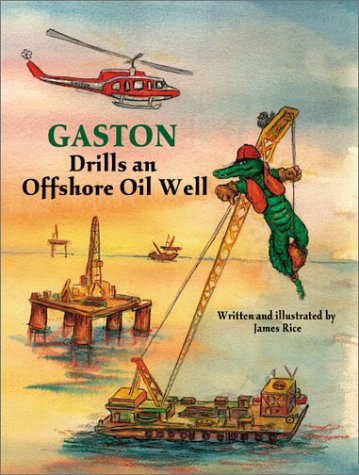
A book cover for GastonÂ® Drills an Offshore Oil Well (GastonÂ® Series); Children's Books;